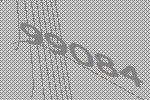
99084